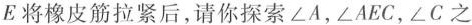
E将橡皮筋拉紧后，请你探索∠A，∠AEC，∠C之